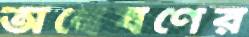
অন্বেষণের